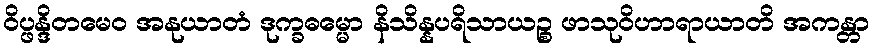
ဝိပ္ဖန္ဒိတမေဝ အနုယာတံ ဒုက္ခဓမ္မော နိသိန္နပရိသာယဉ္စ ဖာသုဝိဟာရာယာတိ အကန္တာ